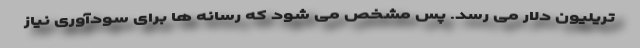
تریلیون دلار می رسد. پس مشخص می شود که رسانه ها برای سودآوری نیاز